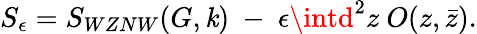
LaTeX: S_{\epsilon}=S_{WZNW}(G,\mathit{k})~-~\epsilon\intd^{2}z~O(z,\bar{{z}}).